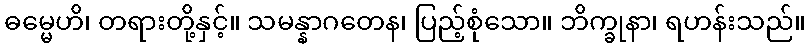
ဓမ္မေဟိ၊ တရားတို့နှင့်။ သမန္နာဂတေန၊ ပြည့်စုံသော။ ဘိက္ခုနာ၊ ရဟန်းသည်။